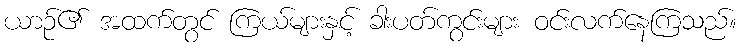
ယာဉ်၏ အထက်တွင် ကြယ်များနှင့် ခါးပတ်ကွင်းများ ဝင်းလက်နေကြသည်။